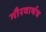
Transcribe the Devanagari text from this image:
गौरवार्थच